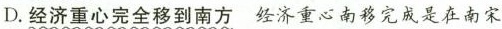
D.经济重心完全移到南方 经济重心南移完成是在南宋